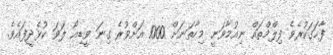
ފާހަގަކުރެވެ ފިލްމްތައް ނިއުމާވަނީ މިހާތަނަށް 1000 އަށްވުރެ ގިނަ ވީޑިއޯ ލަވަ ކުޅެދީފައެވެ.